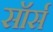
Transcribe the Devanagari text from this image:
सॉर्स